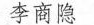
李商隐